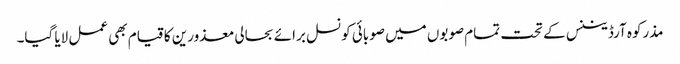
مذرکوہ آرڈیننس کے تحت تمام صوبوں میں صوبائی کونسل برائے بحالی معذورین کا قیام بھی عمل لایا گیا۔